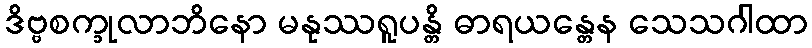
ဒိဗ္ဗစက္ခုလာဘိနော မနုဿရူပန္တိ ဓာရယန္တေန သေသဂါထာ